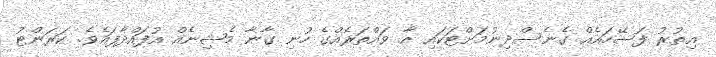
އިތުރު ފަސޭހައެއް ގެނެސްދިނުމަށްޓަކައި އާ ވައްތަރެއްގެ ހުނި ގާނާ މެޝިނެއް އުފައްދާފައެވެ. ކަރަންޓު